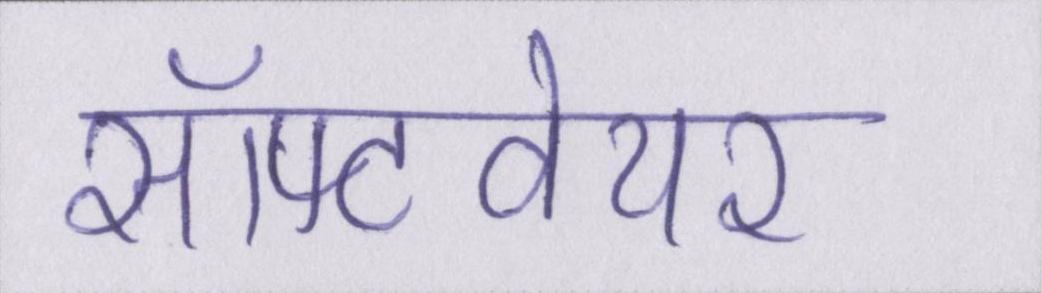
सॉफ्टवेयर